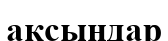
ақсыңдар